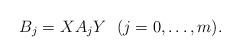
LaTeX: \begin{align*}B_j=XA_jY\ \ (j=0,\ldots,m).\end{align*}